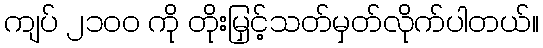
ကျပ် ၂၁၀၀ ကို တိုးမြှင့်သတ်မှတ်လိုက်ပါတယ်။